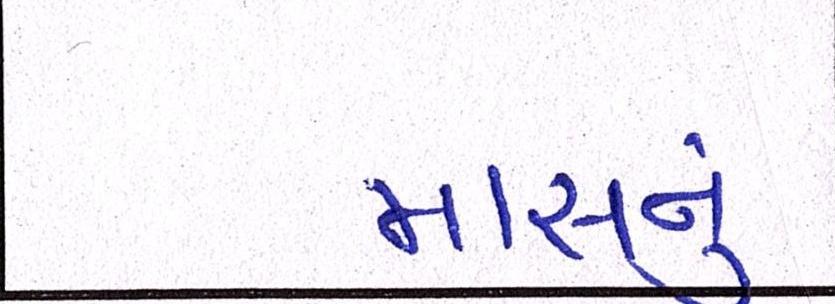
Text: માસનુ